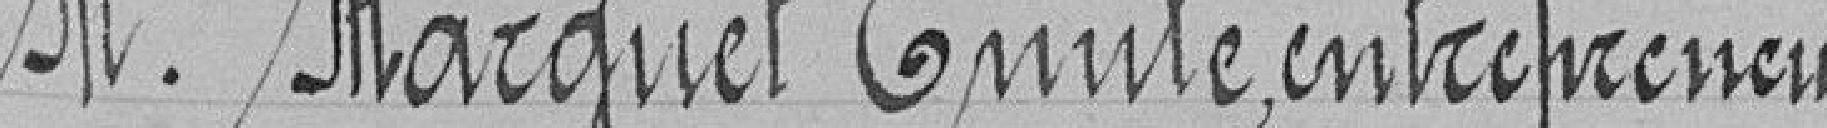
M. Marguet Emile, entrepreneur.